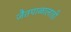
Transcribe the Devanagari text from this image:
जैतपाळालाही